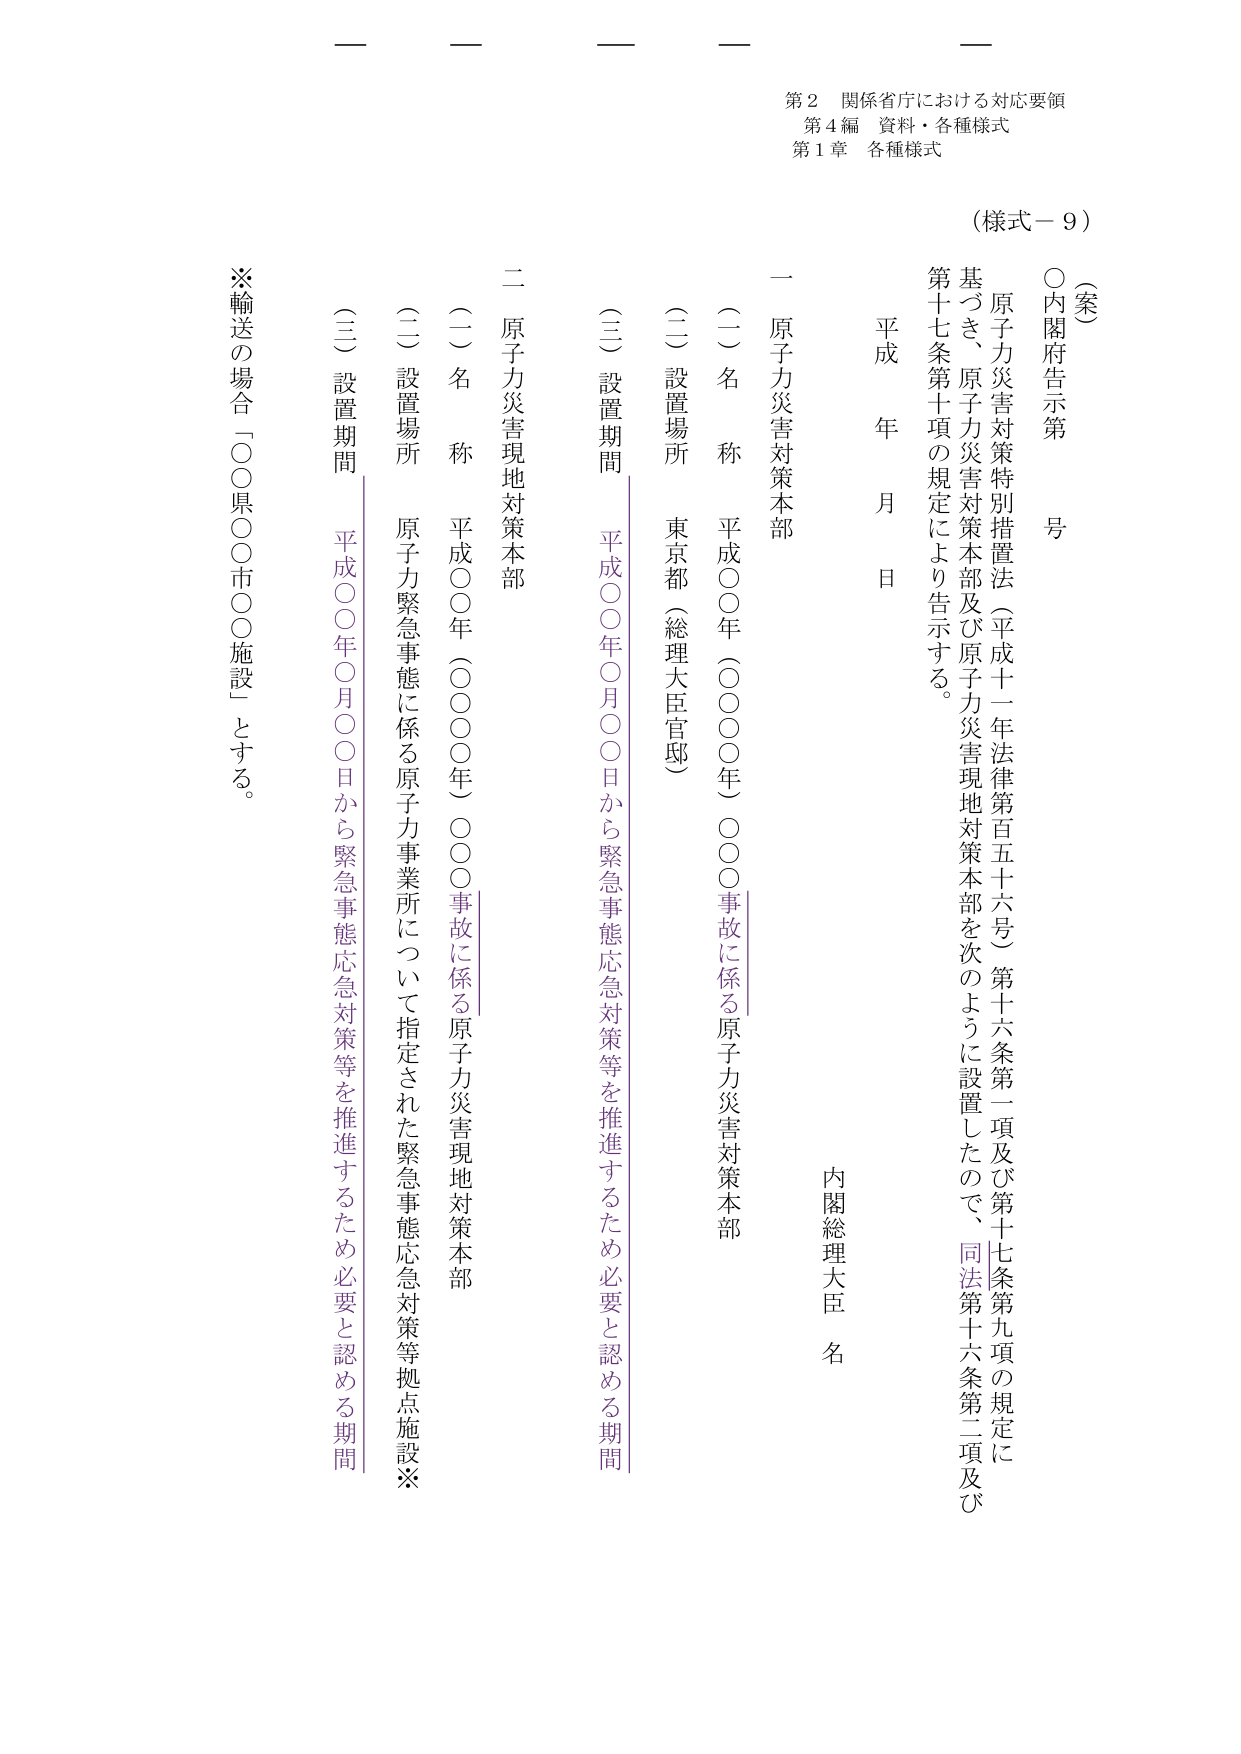
第２ 関係省庁における対応要領
第４編 資料・各種様式
第１章 各種様式

（様式－９）

（案）
○内閣府告示第　号

原子力災害対策特別措置法（平成十一年法律第百五十六号）第十六条第一項及び第十七条第九項の規定に基づき、原子力災害対策本部及び原子力災害現地対策本部を次のように設置したので、同法第十六条第二項及び第十七条第十項の規定により告示する。

平成　年　月　日

内閣総理大臣 名

一 原子力災害対策本部
（一）名称　平成○○年（○○○○年）○○○事故に係る原子力災害対策本部
（二）設置場所　東京都（総理大臣官邸）
（三）設置期間　平成○○年○月○○日から緊急事態応急対策等を推進するため必要と認める期間

二 原子力災害現地対策本部
（一）名称　平成○○年（○○○○年）○○○事故に係る原子力災害現地対策本部
（二）設置場所　原子力緊急事態に係る原子力事業所について指定された緊急事態応急対策等拠点施設※
（三）設置期間　平成○○年○月○○日から緊急事態応急対策等を推進するため必要と認める期間

※輸送の場合「○○県○○市○○施設」とする。